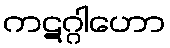
ကဋဂ္ဂါဟော